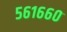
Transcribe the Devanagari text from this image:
५६१६६०